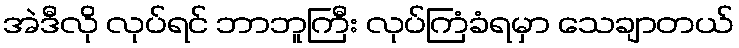
အဲဒီလို လုပ်ရင် ဘာဘူကြီး လုပ်ကြံခံရမှာ သေချာတယ်